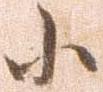
小